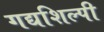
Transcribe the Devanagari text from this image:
गद्यशिल्पी